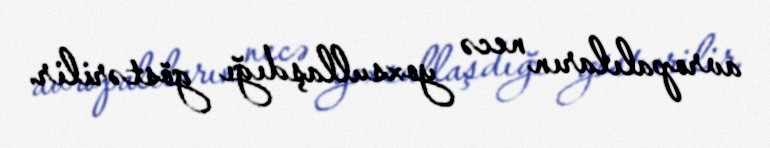
avropalıların necə yoxsullaşdığı göstərilir.